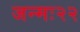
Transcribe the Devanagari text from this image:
जन्मः२२